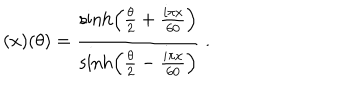
LaTeX: ( x ) ( \theta ) = \frac { \sinh \left( \frac { \theta } { 2 } + \frac { i \pi x } { 6 0 } \right) } { \sinh \left( \frac { \theta } { 2 } - \frac { i \pi x } { 6 0 } \right) } ~ .